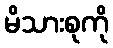
မိသားစုကို